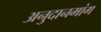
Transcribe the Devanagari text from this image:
अनुदानमांग